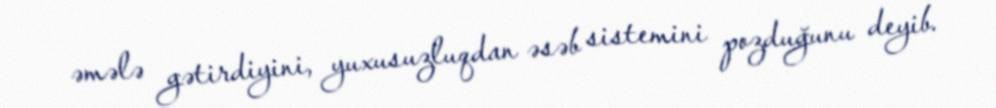
əmələ gətirdiyini, yuxusuzluqdan əsəb sistemini pozduğunu deyib.